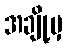
အချို့မှ